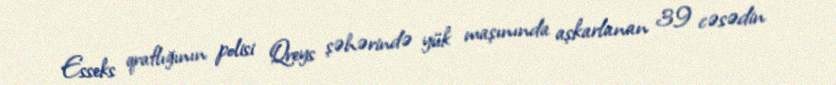
Esseks qraflığının polisi Qreys şəhərində yük maşınında aşkarlanan 39 cəsədin